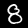
Digit: 8